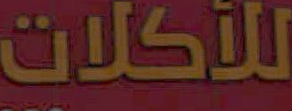
للأكلات